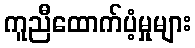
ကူညီထောက်ပံ့မှုများ